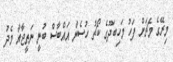
މިރޭގެ މެޗަށް ފަހު މަހިބަދޫގެ ކޯޗު ހުސެން އައްބާސް ބުނީ ނަތީޖާއާ މެދު